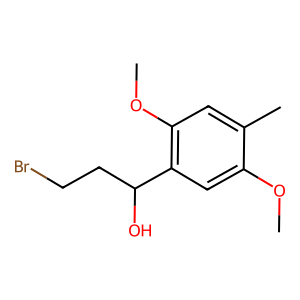
SMILES: COc1cc(C(O)CCBr)c(OC)cc1C
Inhibits HIV replication: No